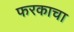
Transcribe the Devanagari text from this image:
फरकाचा